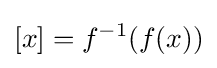
[x]=f^{-1}(f(x))